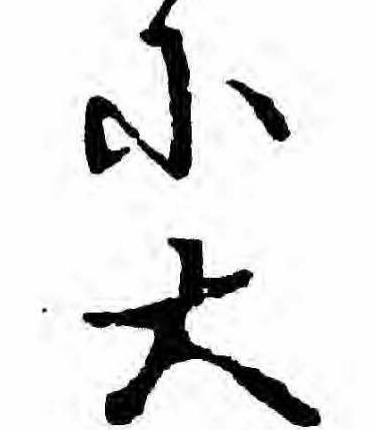
に大